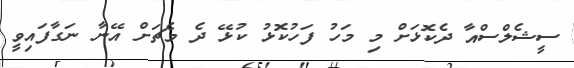
ސީޝެލްސްއާ ދެކޮޅަށް މި މަހު ފަހުކޮޅު ކުޅޭ ދެ މެޗަށް އޭނާ ނަގާފައިވީ